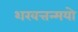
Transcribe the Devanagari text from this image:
शरवत्तन्मयो